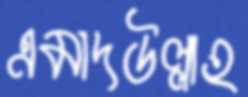
এমাদউল্লাহ